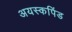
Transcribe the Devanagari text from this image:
अयस्कपिंड